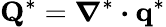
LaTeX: \boldsymbol{\mathrm{Q}}^{*}=\boldsymbol{\nabla}^{*}\boldsymbol{\cdot}\boldsymbol{\mathrm{q}}^{*}